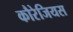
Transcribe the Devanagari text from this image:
कौरेजियस